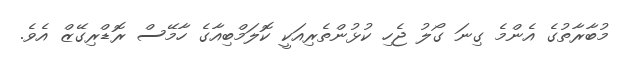
މުބާރާތުގެ އެންމެ ގިނަ ގޯލު ޖެހި ކުޅުންތެރިއަކީ ކޮލަމްބިއާގެ ހާމޭސް ރޮޑްރިގޭޒް އެވެ.